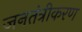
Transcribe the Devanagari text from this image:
जनतंत्रीकरण